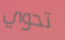
تحوي